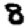
Digit: 8